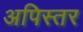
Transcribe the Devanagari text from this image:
अपिस्तर